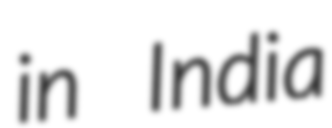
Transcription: in India